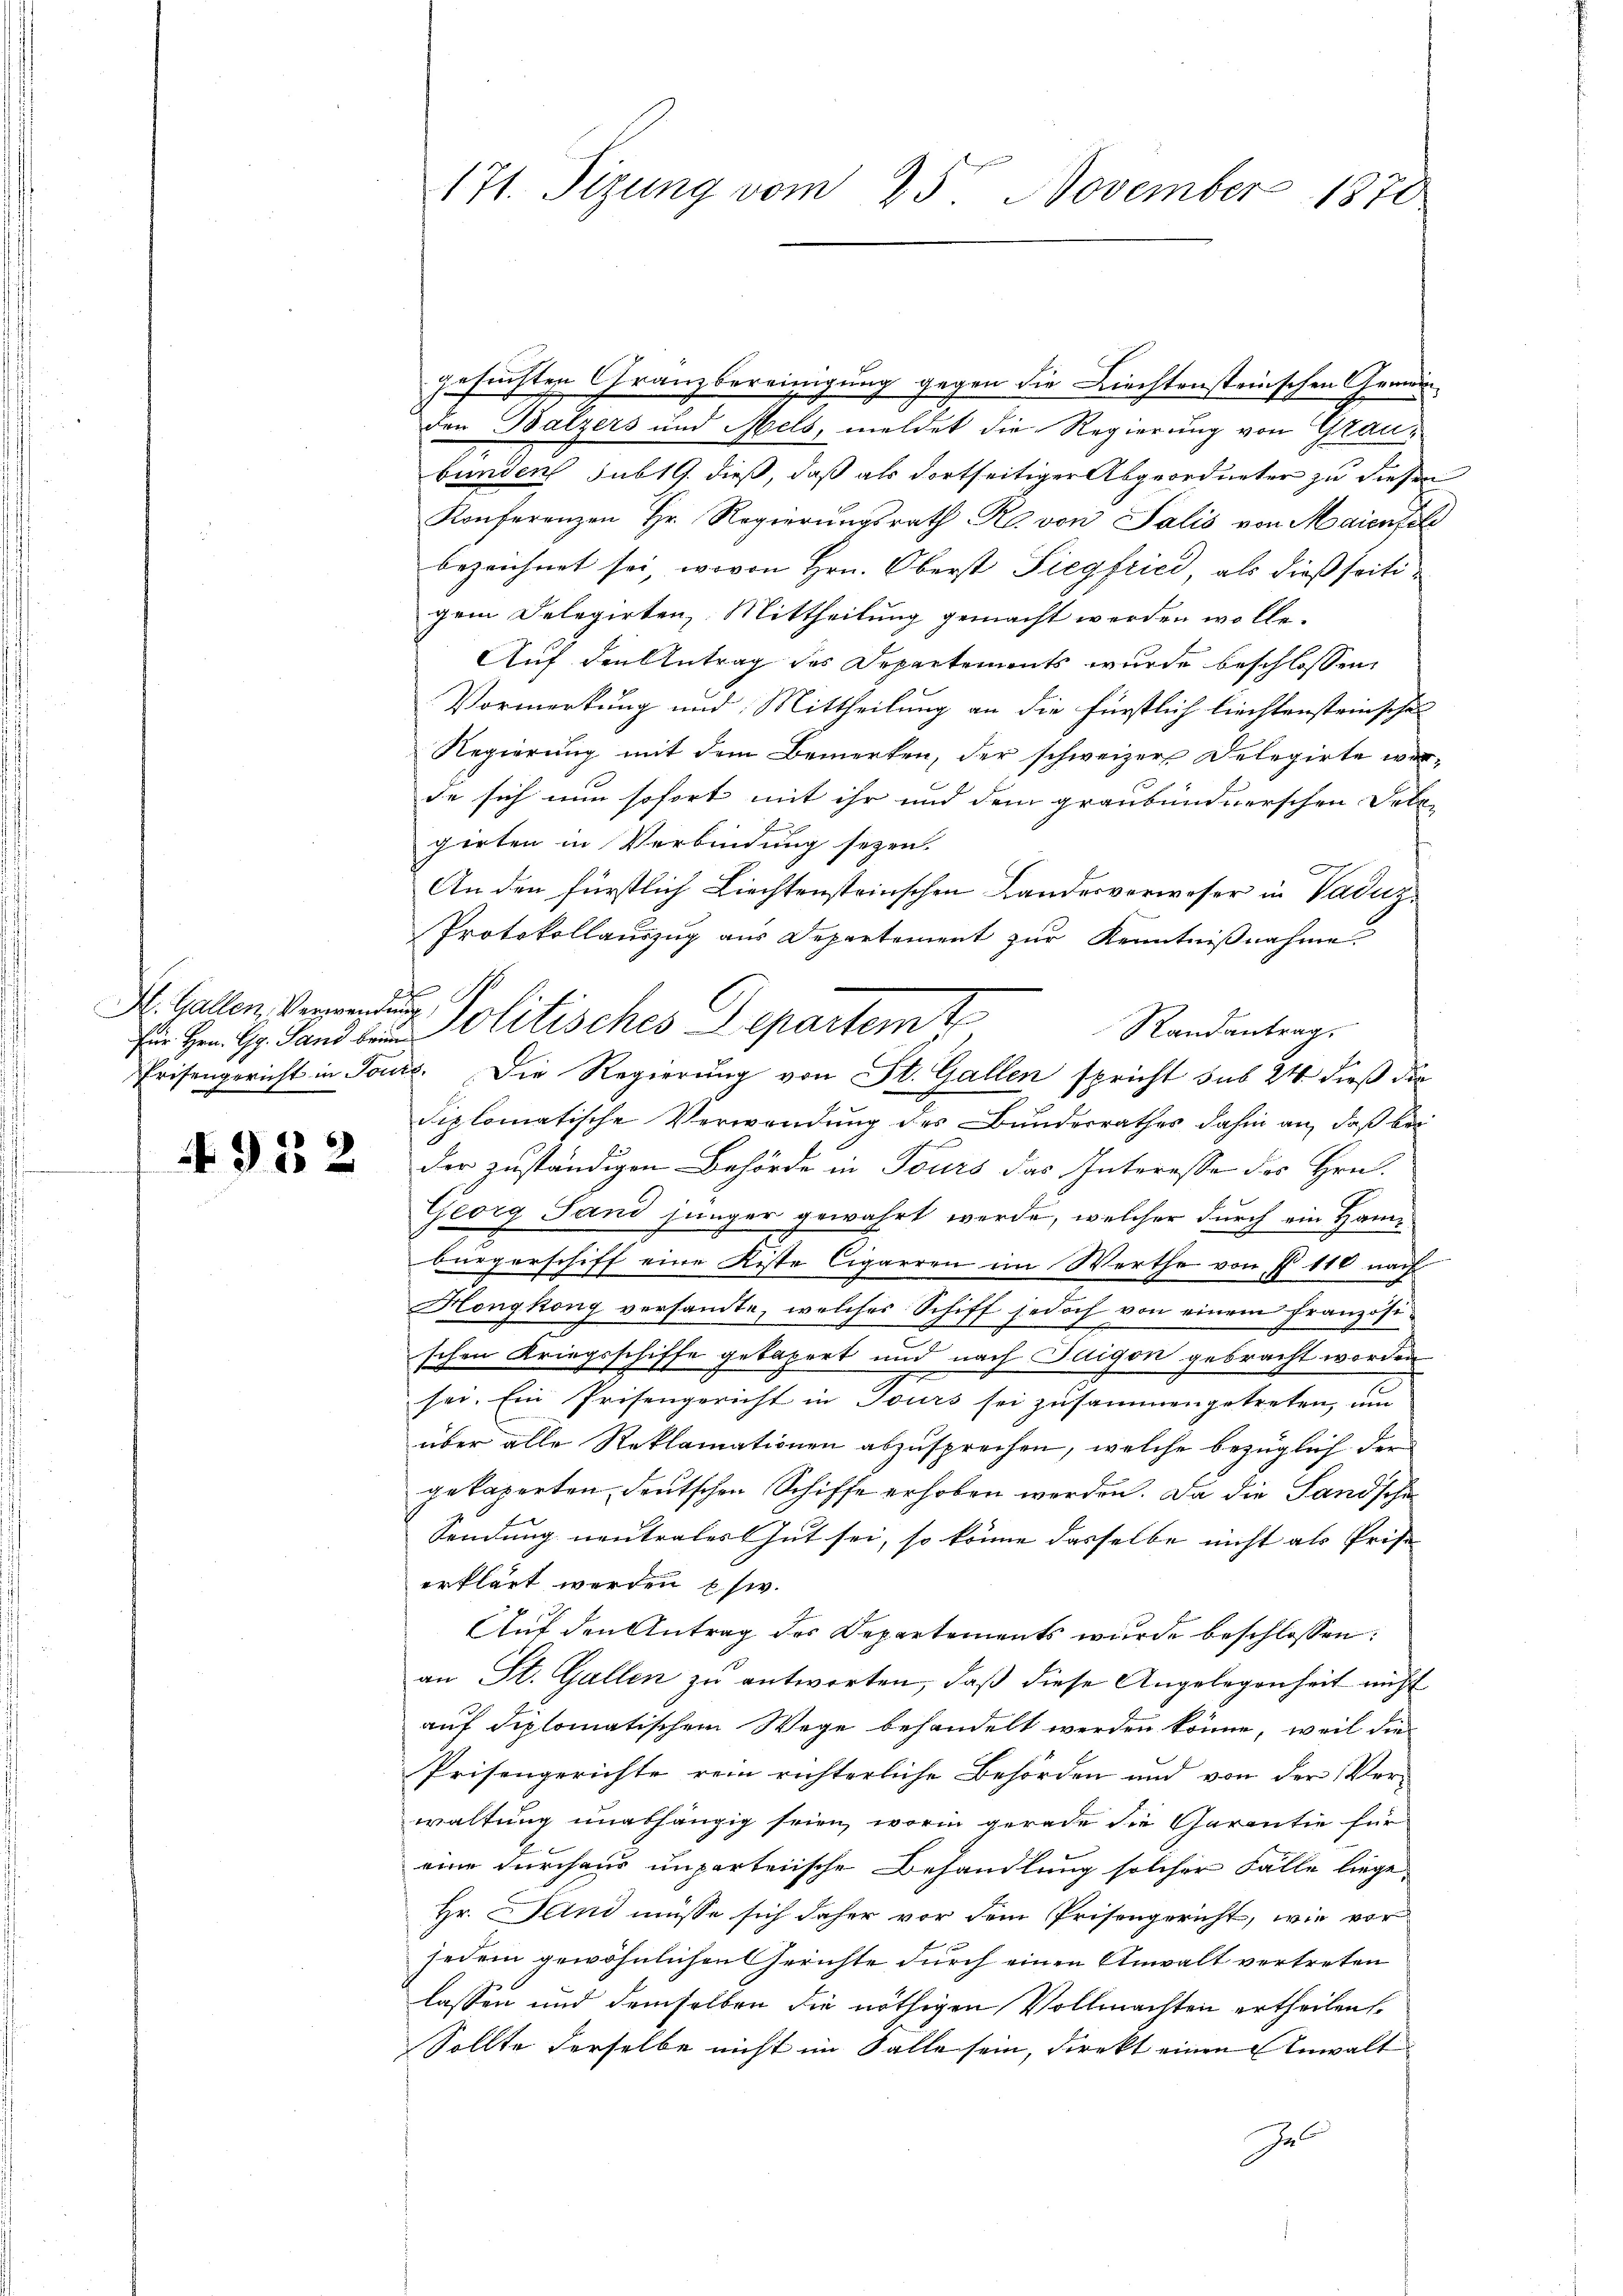
H. Gallen, Verwendung
für Hrn. G. Sand brin

952

171. Sizung vom 25. November 1870

gesuchten Granzbereinigung gegen die Liechtensteinschen Gerin
den Balzers und Mels, meldet die Regierung von Graubunden sub 19. dieß, daß als dortseitiger Abgeordneter zu diesen
Konferenzen Hr. Regierungsrath Rl. von Salis von Maientel
bezeichnet sei, wovon Hrn. Oberst Siegfried, als dießseitigem Delegirten, Mittheilung gemacht werden wolle.
Auf den Antrag des Departements wurde beschlossen,
Vormerkung und Mittheilung an die fürstlich liechtensteinschen
Regierung mit dem Bemerken, der schweizer, Delegirte werde sich nun sofort mit ihr und dem graubündnerschen Solo-
girten in Verbindung seyen.
An den fürstlich Liechtensteinschen Landesverweser in Vaduz¬
Protokollauszug aus Departement zur Kenntniβnahme.
Randantrag.
Prisengericht in Toure. Die Regierung von St. Gallen spricht sub 24 dieß die
diplomatische Verwendung des Bundesrathes dahin an, daß bei
d
der zuständigen Behörde in Tours das Interesse des Hrn.
Georg Sand jünger gewahrt werde, welcher durch ein Hame
bürgerschiff eine Kiste Cigarren im Werthe von § 116 nach
Hongkong versandte, welches Schiff jedoch von einem Französischen Kriegsschiffe gebapert und nach Idigon gebracht worden
sei. Ein Prisengericht in Tours sei zusammengetreten, um
über alle Reklamationen abzusprechen, welche bezüglich der
gekaperten, deutschen Schiffe erhoben werden. Da die Sandscha
Sendung neutrales Gut sei, so könne dasselbe nicht als Prise
erklärt werden usw.
Auf den Antrag des Departements wurde beschlossen:
an St. Gallen zu antworten, daß diese Angelegenheit nicht
auf diplomatischem Wege behandelt werden könne, weil die
Prisengerichte rein richterliche Behörden und von der Ver-
waltung unabhängig seien, worin gerade die Garantie für
eine durchaus unparteiische Behandlung solcher Fälle liege,
Hr. Hand müsse sich daher vor dem Prisengericht, wie vor
jedem gewöhnlichen Gerichte durch einen Anwalt vertreten
lassen und demselben die nöthigen Vollmachten ertheilen.
Sollte derselbe nicht im Falle sein, direkt einen Anwalt
Gel

t

Politisches Departemt